画像に写った文字を読んでください
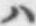
「ハ」と書いてあります